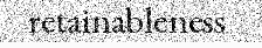
retainableness